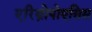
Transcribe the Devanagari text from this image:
एरिथ्रोपोएसिस